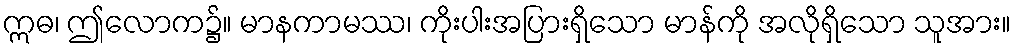
ဣဓ၊ ဤလောက၌။ မာနကာမဿ၊ ကိုးပါးအပြားရှိသော မာန်ကို အလိုရှိသော သူအား။